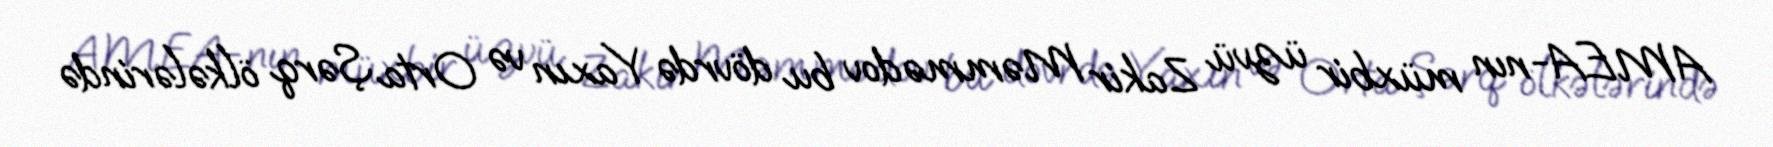
AMEA-nın müxbir üzvü Zakir Məmmədov bu dövrdə Yaxın və Orta Şərq ölkələrində